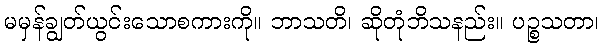
မမှန်ချွတ်ယွင်းသောစကားကို။ ဘာသတိ၊ ဆိုတုံဘိသနည်း။ ပဉ္စသတာ၊